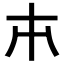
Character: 𠥽